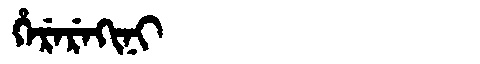
Manchu: ᡥᡝᡵᡝᡵᡝᡴᡳᠨᡳ
Romanization: HEREREKINI